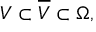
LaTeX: V \subset { \overline { { V } } } \subset \Omega ,